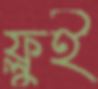
ফ্লুই